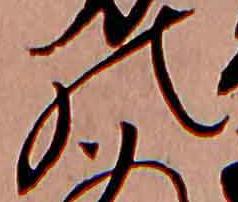
の